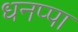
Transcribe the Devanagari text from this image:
धनप्पा